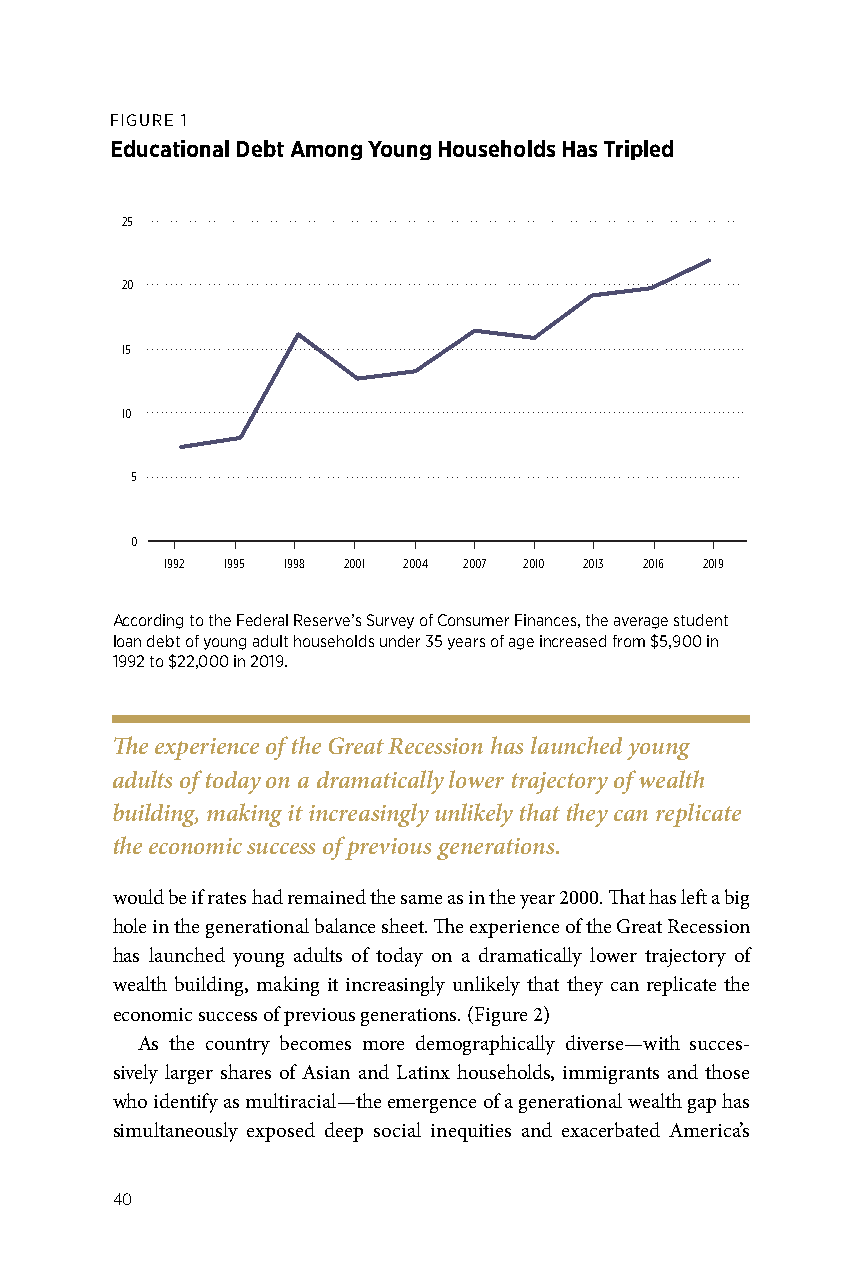
FIGURE 1
 Educational Debt Among Young Households Has Tripled
 25
 20
 15
 10
 5
 0
 1992 1995 1998 2001 2004 2007 2010 2013 2016 2019
 According to the Federal Reserve’s Survey of Consumer Finances, the average student
 loan debt of young adult households under 35 years of age increased from $5,900 in
 1992 to $22,000 in 2019.
 The experience of the Great Recession has launched young
 adults of today on a dramatically lower trajectory of wealth
 building, making it increasingly unlikely that they can replicate
 the economic success of previous generations.
 would be if rates had remained the same as in the year 2000. That has left a big
 hole in the generational balance sheet. The experience of the Great Recession
 has launched young adults of today on a dramatically lower trajectory of
 wealth building, making it increasingly unlikely that they can replicate the
 economic success of previous generations. (Figure 2)
 As the country becomes more demographically diverse—with succes-
 sively larger shares of Asian and Latinx households, immigrants and those
 who identify as multiracial—the emergence of a generational wealth gap has
 simultaneously exposed deep social inequities and exacerbated America’s
 40